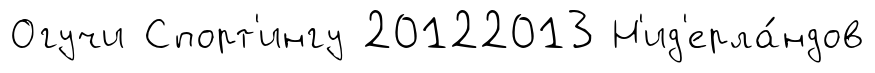
Огучи Спорт'ингу 20122013 Н'ид'ерла́ндов